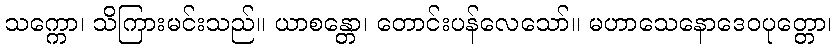
သက္ကော၊ သိကြားမင်းသည်။ ယာစန္တော၊ တောင်းပန်လေသော်။ မဟာသေနောဒေဝပုတ္တော၊